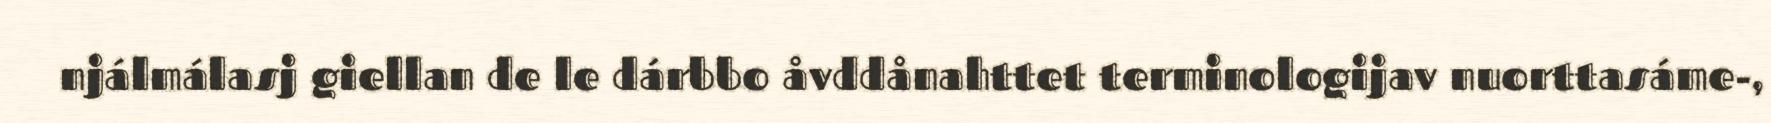
njálmálasj giellan de le dárbbo åvddånahttet terminologijav nuorttasáme-,